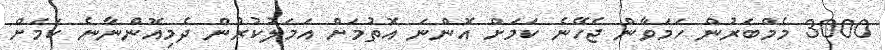
3000 މެމްބަރުން ހަމަވާން ޖެހޭނެ ކަމަށް އޮންނަ އޮތުމަށް އަމަލުކުރުން ދެމިއޮންނާނެ ކަމަށް